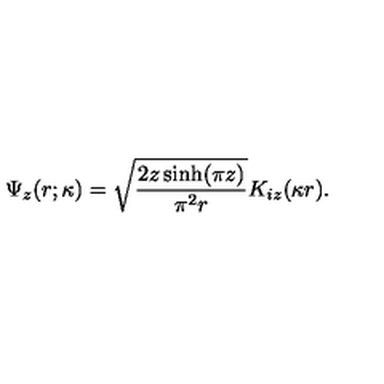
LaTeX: \Psi _ { z } ( r ; \kappa ) = \sqrt { \frac { 2 z \sinh ( \pi z ) } { \pi ^ { 2 } r } } K _ { i z } ( \kappa r ) .